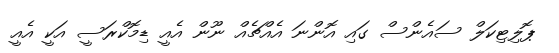
ޕޮލިޓިކަލް ސައެންސް ގައި އޮންނަ އެއްޗެއް ނޫން އެއީ ޑިމޮކްރަސީ އަކީ އެއީ